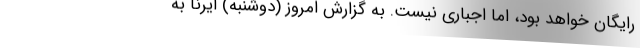
رایگان خواهد بود، اما اجباری نیست. به گزارش امروز (دوشنبه) ایرنا به